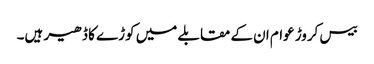
بیس کروڑ عوام ان کے مقابلے میں کوڑے کا ڈھیر ہیں۔